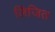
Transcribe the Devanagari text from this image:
लिंजित